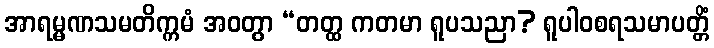
အာရမ္မဏသမတိက္ကမံ အဝတွာ “တတ္ထ ကတမာ ရူပသညာ? ရူပါဝစရသမာပတ္တိံ